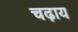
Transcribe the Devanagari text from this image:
चढ़ाय